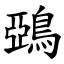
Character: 鵶